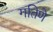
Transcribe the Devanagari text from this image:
गतिणे